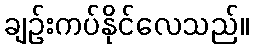
ချဉ်းကပ်နိုင်လေသည်။